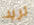
تريد